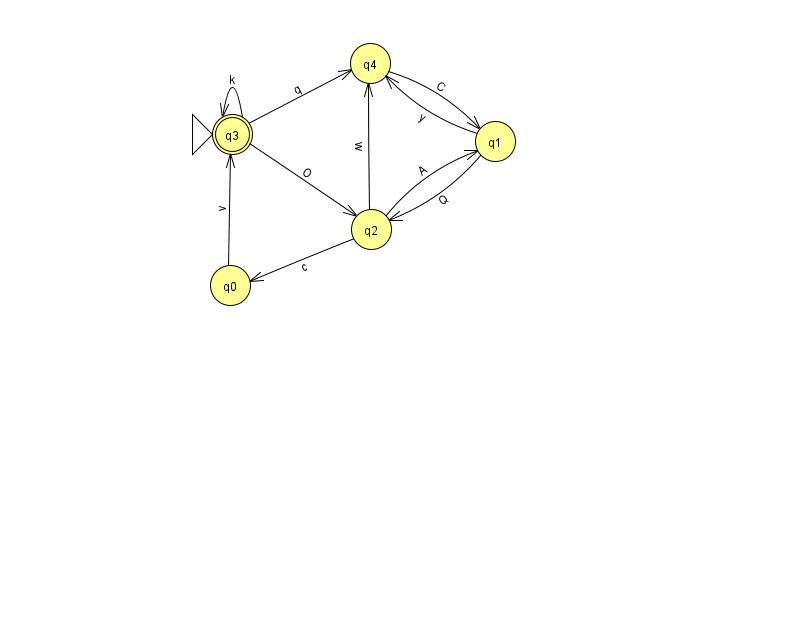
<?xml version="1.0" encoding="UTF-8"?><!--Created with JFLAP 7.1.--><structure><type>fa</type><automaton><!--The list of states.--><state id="0" name="q0"><x>230.0</x><y>272.0</y></state><state id="1" name="q1"><x>495.0</x><y>128.0</y></state><state id="2" name="q2"><x>371.0</x><y>216.0</y></state><state id="3" name="q3"><x>232.0</x><y>121.0</y><initial/><final/></state><state id="4" name="q4"><x>370.0</x><y>50.0</y></state><!--The list of transitions.--><transition><from>3</from><to>2</to><read>O</read></transition><transition><from>2</from><to>4</to><read>w</read></transition><transition><from>4</from><to>1</to><read>C</read></transition><transition><from>1</from><to>2</to><read>Q</read></transition><transition><from>2</from><to>1</to><read>A</read></transition><transition><from>2</from><to>0</to><read>c</read></transition><transition><from>1</from><to>4</to><read>y</read></transition><transition><from>3</from><to>4</to><read>q</read></transition><transition><from>3</from><to>3</to><read>k</read></transition><transition><from>0</from><to>3</to><read>v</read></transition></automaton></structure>